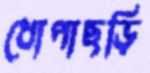
ধোপাছড়ি